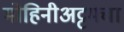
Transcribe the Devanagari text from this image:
मोहिनीअट्टमचा